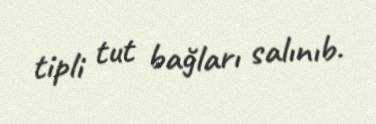
tipli tut bağları salınıb.